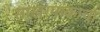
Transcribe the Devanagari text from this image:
साखरपाकाचा